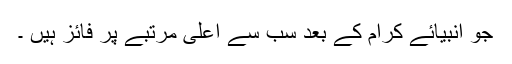
جو انبیائے کرام کے بعد سب سے اعلیٰ مرتبے پر فائز ہیں ۔